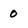
Character: 0